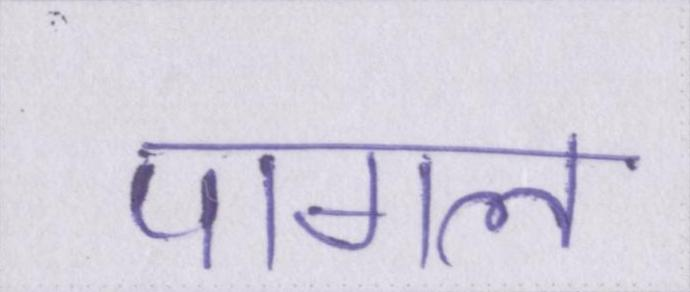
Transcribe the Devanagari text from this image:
पागल